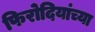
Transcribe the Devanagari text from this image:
फिरोदियांच्या